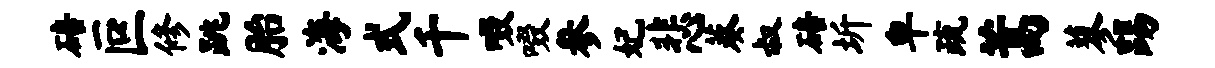
碚叵修跳胎海式千啜啜参妃悲葵叔碚圻卑疏蒿蓼踢